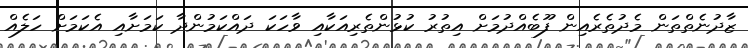
ޒާދުނެތްތަން މެދުތެރެއިން ފޫބެއްދުމަށް އިތުރު ކުޅުންތެރިއަކާއި ވާހަކަ ދައްކަމުންދާ ކަމަށާއި އެކަމަށް ހަލެއް